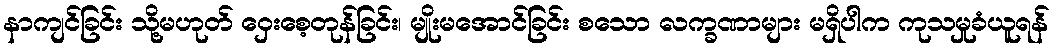
နာကျင်ခြင်း သို့မဟုတ် ဝှေးစေ့တုန်ခြင်း၊ မျိုးမအောင်ခြင်း စသော လက္ခဏာများ မရှိပါက ကုသမှုခံယူရန်